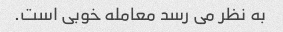
به نظر می رسد معامله خوبی است.